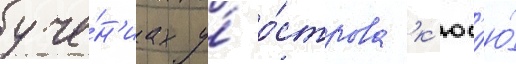
уче́н'иах у́ о́строва к'юс'ю́